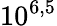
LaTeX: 10^{6,5}